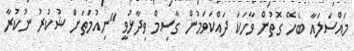
މައްސަލައާ ބެހޭ ގޮތުން ވާހަކަ ދައްކަވަމުން ގާސިމް ވިދާޅުވީ "ނިއުމަތަށް ޝުކުރު ނުކުރާ